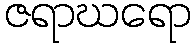
ဇရာဃရော